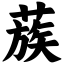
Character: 蔟